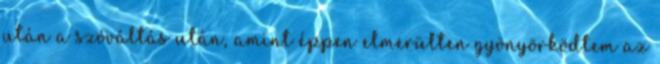
után a szóváltás után, amint éppen elmerülten gyönyörködtem az